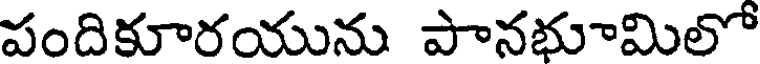
పందికూరయును పానభుామిలో